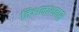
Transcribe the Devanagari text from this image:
विश्वनाथवास